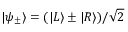
| \psi _ { \pm } \rangle = ( | L \rangle \pm | R \rangle ) / \sqrt { 2 }